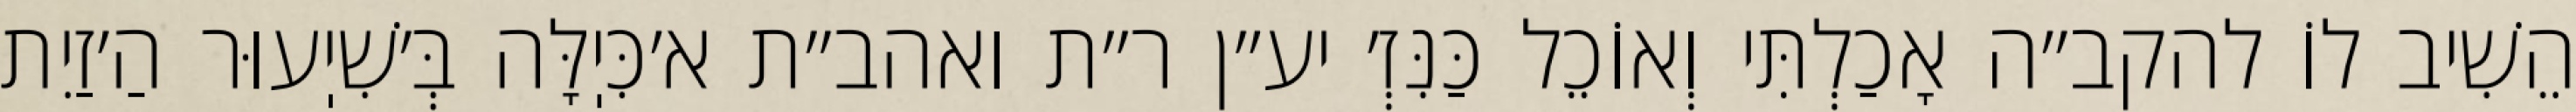
הֵשִׁיב לוֹ להקב״ה אָכַלְתִּי וְאוֹכֵל כַּנִּזְ׳ יע״ן ר״ת ואהב״ת א׳כִּיֽלָּה בְּ׳שִׁיֽעוּר הַ׳זַיִת